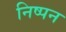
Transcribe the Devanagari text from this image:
निष्पन